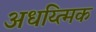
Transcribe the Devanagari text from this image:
अधय्त्मिक